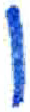
אות: ו